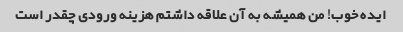
ایده خوب! من همیشه به آن علاقه داشتم هزینه ورودی چقدر است